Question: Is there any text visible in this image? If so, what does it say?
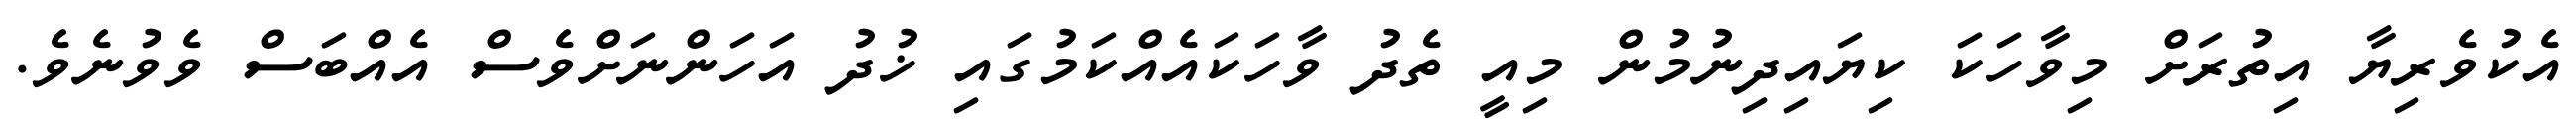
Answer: އެކުވެރިޔާ އިތުރަށް މިވާހަކަ ކިޔައިދިނުމުން މިއީ ތެދު ވާހަކައެއްކަމުގައި ޚުދު އަހަންނަށްވެސް އެއްބަސް ވެވުނެވެ.